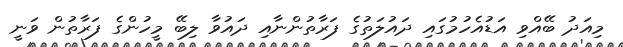
މިއަދު ބޭއްވި އަޑުއެހުމުގައި ދައުލަތުގެ ފަރާތުންނާއި ދައުވާ ލިބޭ މީހުންގެ ފަރާތުން ވަނީ